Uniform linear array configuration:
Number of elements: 24
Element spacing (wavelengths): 0.75
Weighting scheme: hann
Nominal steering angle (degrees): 60
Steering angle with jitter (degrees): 58.768
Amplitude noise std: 0.05
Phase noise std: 0.05

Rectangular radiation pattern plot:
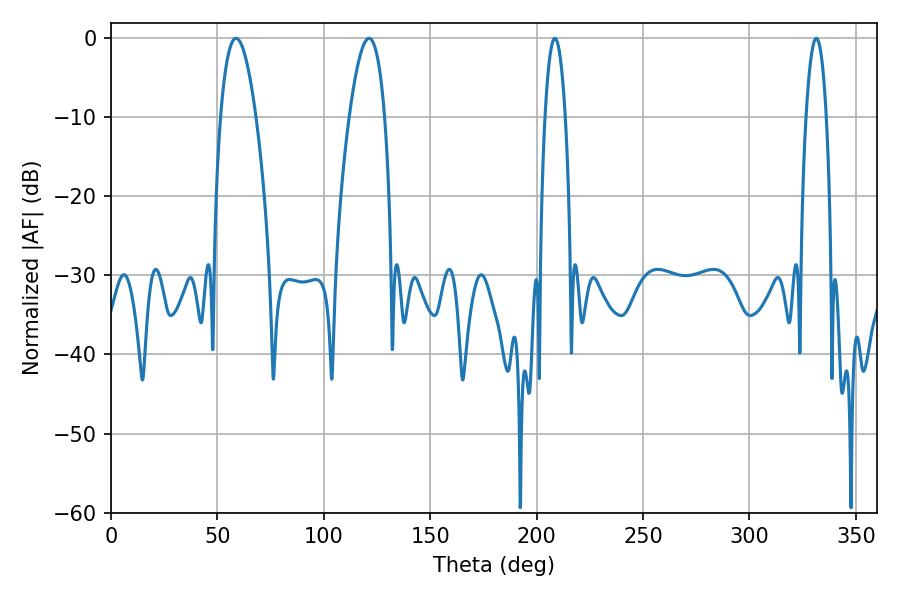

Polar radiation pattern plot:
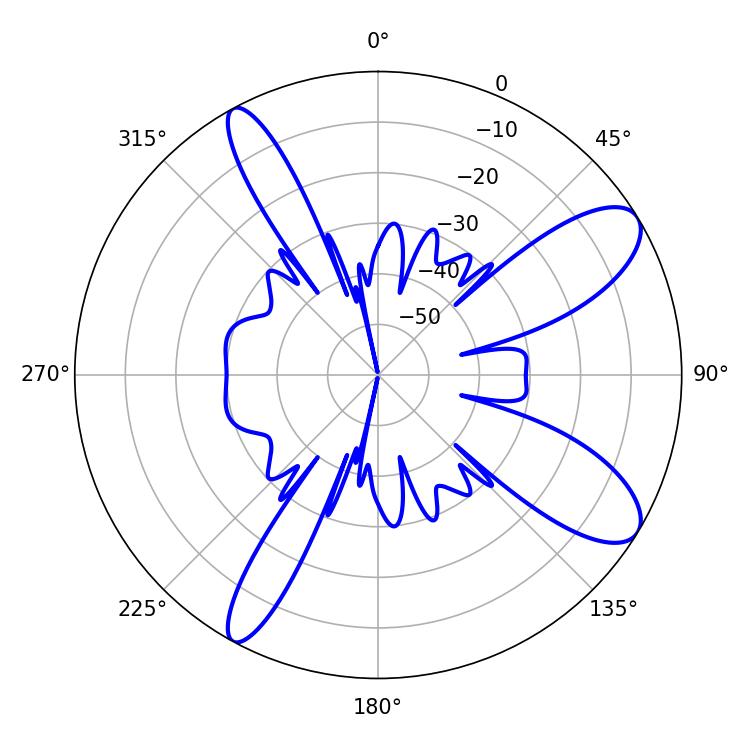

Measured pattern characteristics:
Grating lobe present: TRUE
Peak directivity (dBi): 10.022
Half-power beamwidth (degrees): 5.4
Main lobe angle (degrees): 208.62